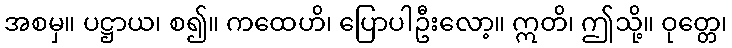
အစမှ။ ပဋ္ဌာယ၊ စ၍။ ကထေဟိ၊ ပြောပါဦးလော့။ ဣတိ၊ ဤသို့။ ဝုတ္တေ၊